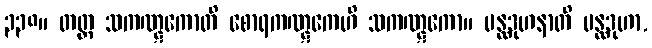
၃၃၈။ တတ္ထ သကဏ္ဋကောတိ စောရကဏ္ဋကေဟိ သကဏ္ဋကော။ ပန္ထဒုဟနာတိ ပန္ထဒုဟာ,